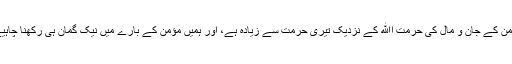
مؤمن کے جان و مال کی حرمت اﷲ کے نزدیک تیری حرمت سے زیادہ ہے، اور ہمیں مؤمن کے بارے میں نیک گمان ہی رکھنا چاہیے۔